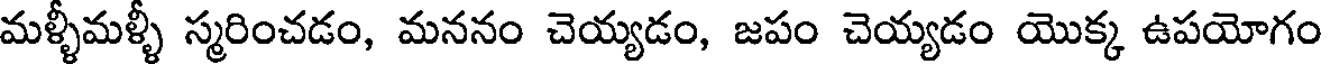
మళ్ళీమళ్ళీ స్మరించడం, మననం చెయ్యడం, జపం చెయ్యడం యొక్క ఉపయోగం